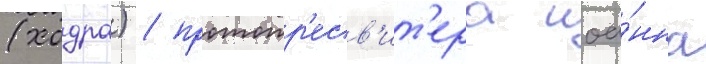
(ходра) / протопр'есв'ит'ера иоа́нна